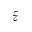
\hat { z }